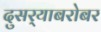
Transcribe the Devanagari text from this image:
दुसर्‍याबरोबर